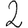
Digit: 2